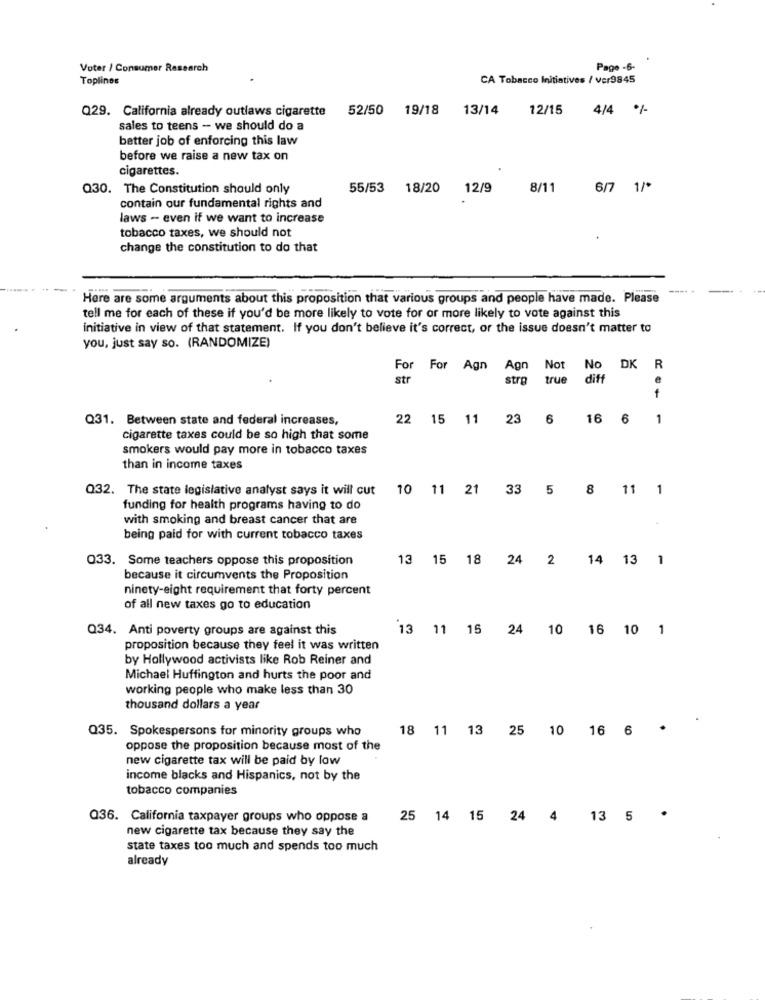
Voter / Consumer Research
Page -6.
Toplines
CA Tobacco Initiatives / ver9845
Q29. California already outlaws cigarette
52/50 19/18
13/14
12/15
4/4 %-
sales to teens - we should do a
better job of enforcing this law
before we raise a new tax on
cigarettes.
Q30. The Constitution should only
55/53
18/20
12/9
8/11
6/7 1/*
contain our fundamental rights and
laws - even if we want to increase
tobacco taxes, we should not
change the constitution to do that
Here are some arguments about this proposition that various groups and people have made. Please
tell me for each of these if you'd be more likely to vote for or more likely to vote against this
initiative in view of that statement. If you don't believe it's correct, or the issue doesn't matter to
you, just say so. (RANDOMIZE)
For For Agn Agn
Not
No DK
str
stro
true
diff
e
Q31. Between state and federal increases,
22 15
11
23
6
16 6
1
cigarette taxes could be so high that some
smokers would pay more in tobacco taxes
than in income taxes
Q32. The state legislative analyst says it will cut
10 11
21
33
5
8 11
1
funding for health programs having to do
with smoking and breast cancer that are
being paid for with current tobacco taxes
033. Some teachers oppose this proposition
13
18
24
2
14 13
1
because it circumvents the Proposition
ninety-eight requirement that forty percent
of all new taxes go to education
Q34. Anti poverty groups are against this
13 11 15
24
10 16 10 1
proposition because they feel it was written
by Hollywood activists like Rob Reiner and
Michael Huffington and hurts the poor and
working people who make less than 30
thousand dollars a year
Q35. Spokespersons for minority groups who
18 11 13
25
10 16 6
oppose the proposition because most of the
new cigarette tax will be paid by low
income blacks and Hispanics, not by the
tobacco companies
Q36. California taxpayer groups who oppose a
25 14 15 24 4 13 5 *
new cigarette tax because they say the
state taxes too much and spends too much
already